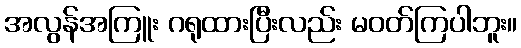
အလွန်အကြူး ဂရုထားပြီးလည်း မဝတ်ကြပါဘူး။